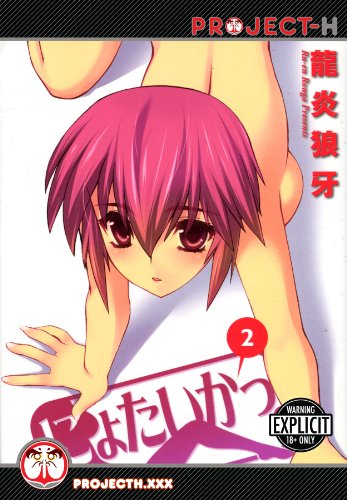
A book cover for Nyotai-ka! Volume 2 (Hentai Manga); Ru-En Rouga; Comics & Graphic Novels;